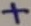
Text: +